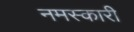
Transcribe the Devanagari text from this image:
नमस्कारी